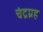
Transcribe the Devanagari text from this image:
चंद्रग्रह